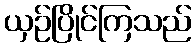
ယှဉ်ပြိုင်ကြသည်